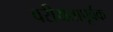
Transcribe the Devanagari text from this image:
वरीयतापूर्वक